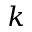
k